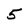
Character: 5